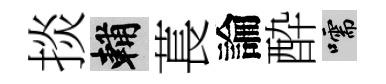
掞輔萇論酔嚅